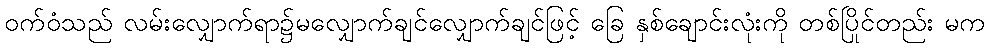
ဝက်ဝံသည် လမ်းလျှောက်ရာ၌မလျှောက်ချင်လျှောက်ချင်ဖြင့် ခြေ နှစ်ချောင်းလုံးကို တစ်ပြိုင်တည်း မက